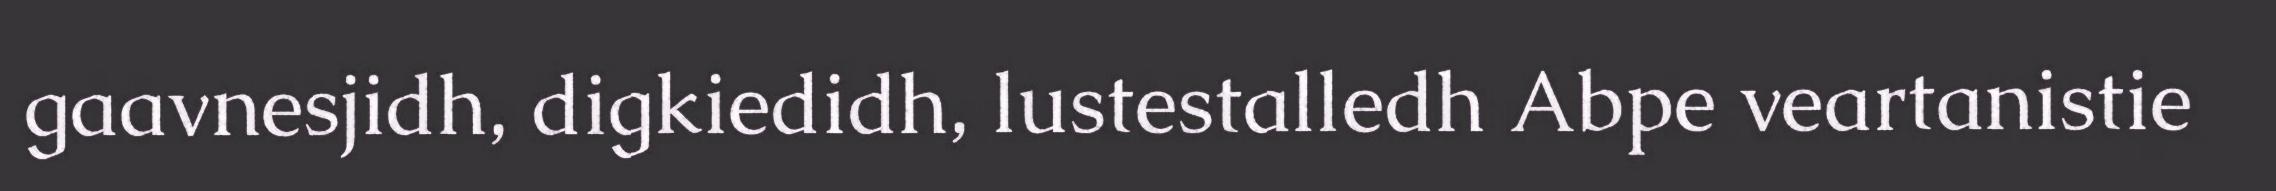
gaavnesjidh, digkiedidh, lustestalledh Abpe veartanistie